65_HS1-834228961_62-HQ-83894_Section_3
Agency: FBI
Page 38
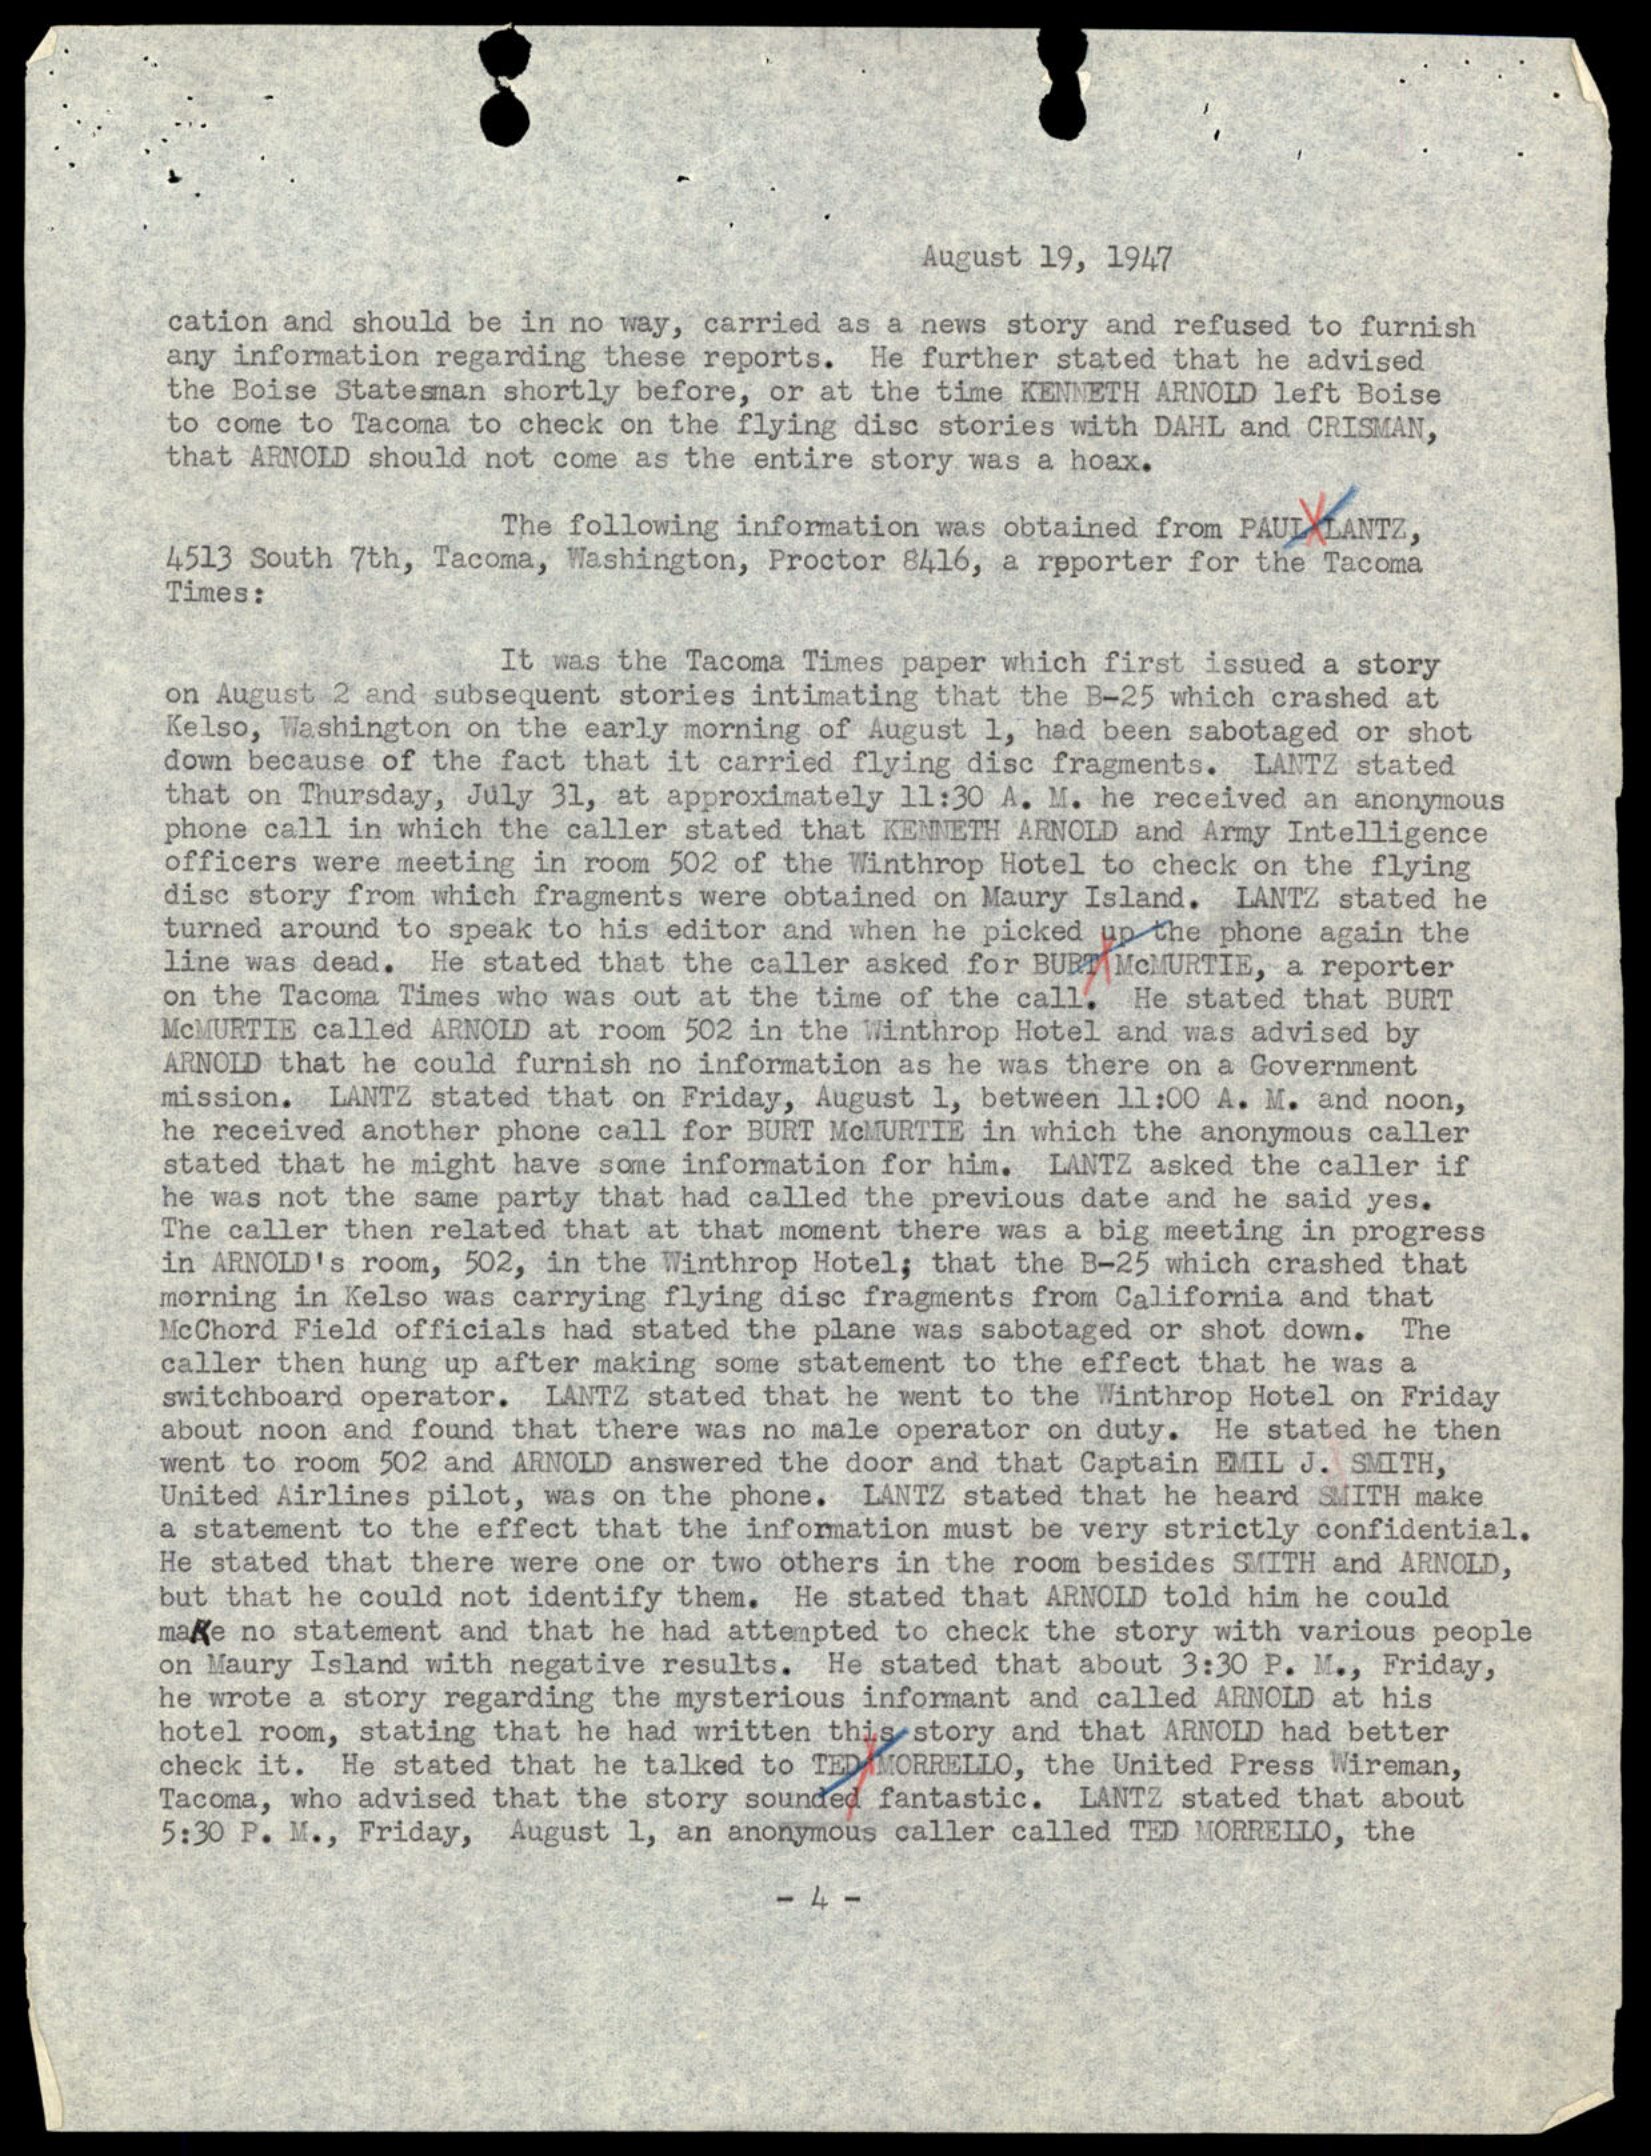